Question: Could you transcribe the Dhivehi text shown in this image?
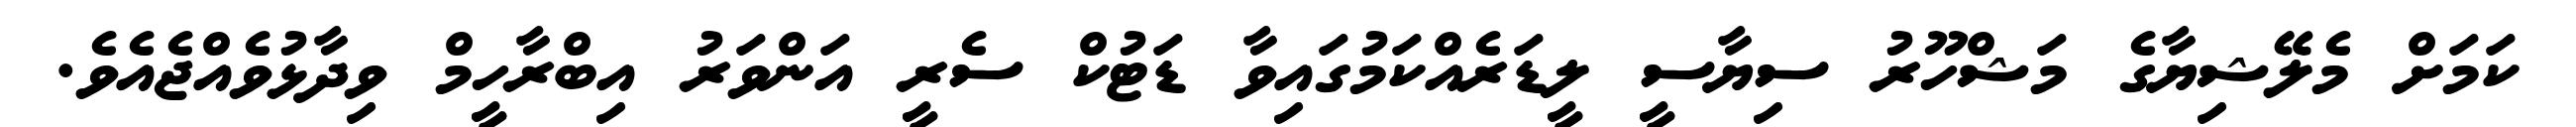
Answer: ކަމަށް މެލޭޝިޔާގެ މަޝްހޫރު ސިޔާސީ ލީޑަރެއްކަމުގައިވާ ޑަޓުކް ސެރީ އަންވަރު އިބްރާހީމް ވިދާޅުވެއްޖެއެވެ.